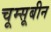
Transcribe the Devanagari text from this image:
चूम्सूबीन